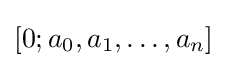
[0;a_{0},a_{1},\ldots ,a_{n}]